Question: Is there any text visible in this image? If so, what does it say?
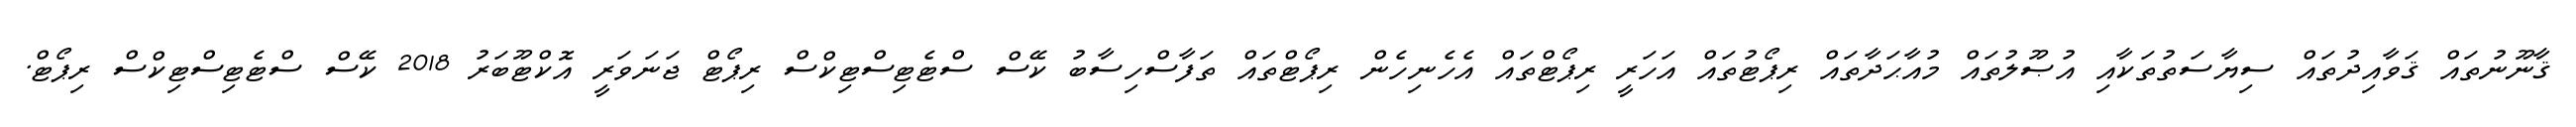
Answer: ޤާނޫނުތައް ޤަވާއިދުތައް ސިޔާސަތުތަކާއި އުޞޫލުތައް މުއާޙަދާތައް ރިޕޯޓުތައް އަހަރީ ރިޕޯޓްތައް އެހެނިހެން ރިޕޯޓްތައް ތަފާސްހިސާބު ކޭސް ސްޓެޓިސްޓިކްސް ރިޕޯޓް ޖަނަވަރީ އޮކްޓޫބަރު 2018 ކޭސް ސްޓެޓިސްޓިކްސް ރިޕޯޓް.